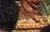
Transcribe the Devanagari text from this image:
सूंडवाले